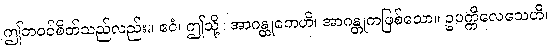
ဤဘဝင်စိတ်သည်လည်း။ ဧဝံ၊ ဤသို့။ အာဂန္တုကေဟိ၊ အာဂန္တုကဖြစ်သော။ ဥပက္ကိလေသေဟိ၊